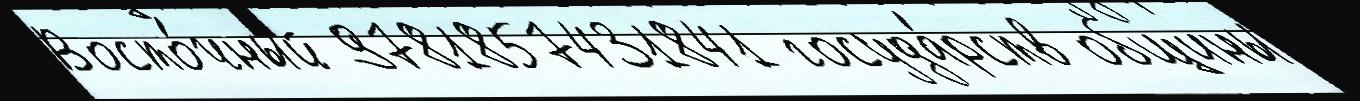
Восто́чный 9781857431841 госуда́рств общины